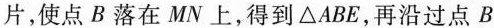
片，使点B落在MN上，得到△ABE，再沿过点B